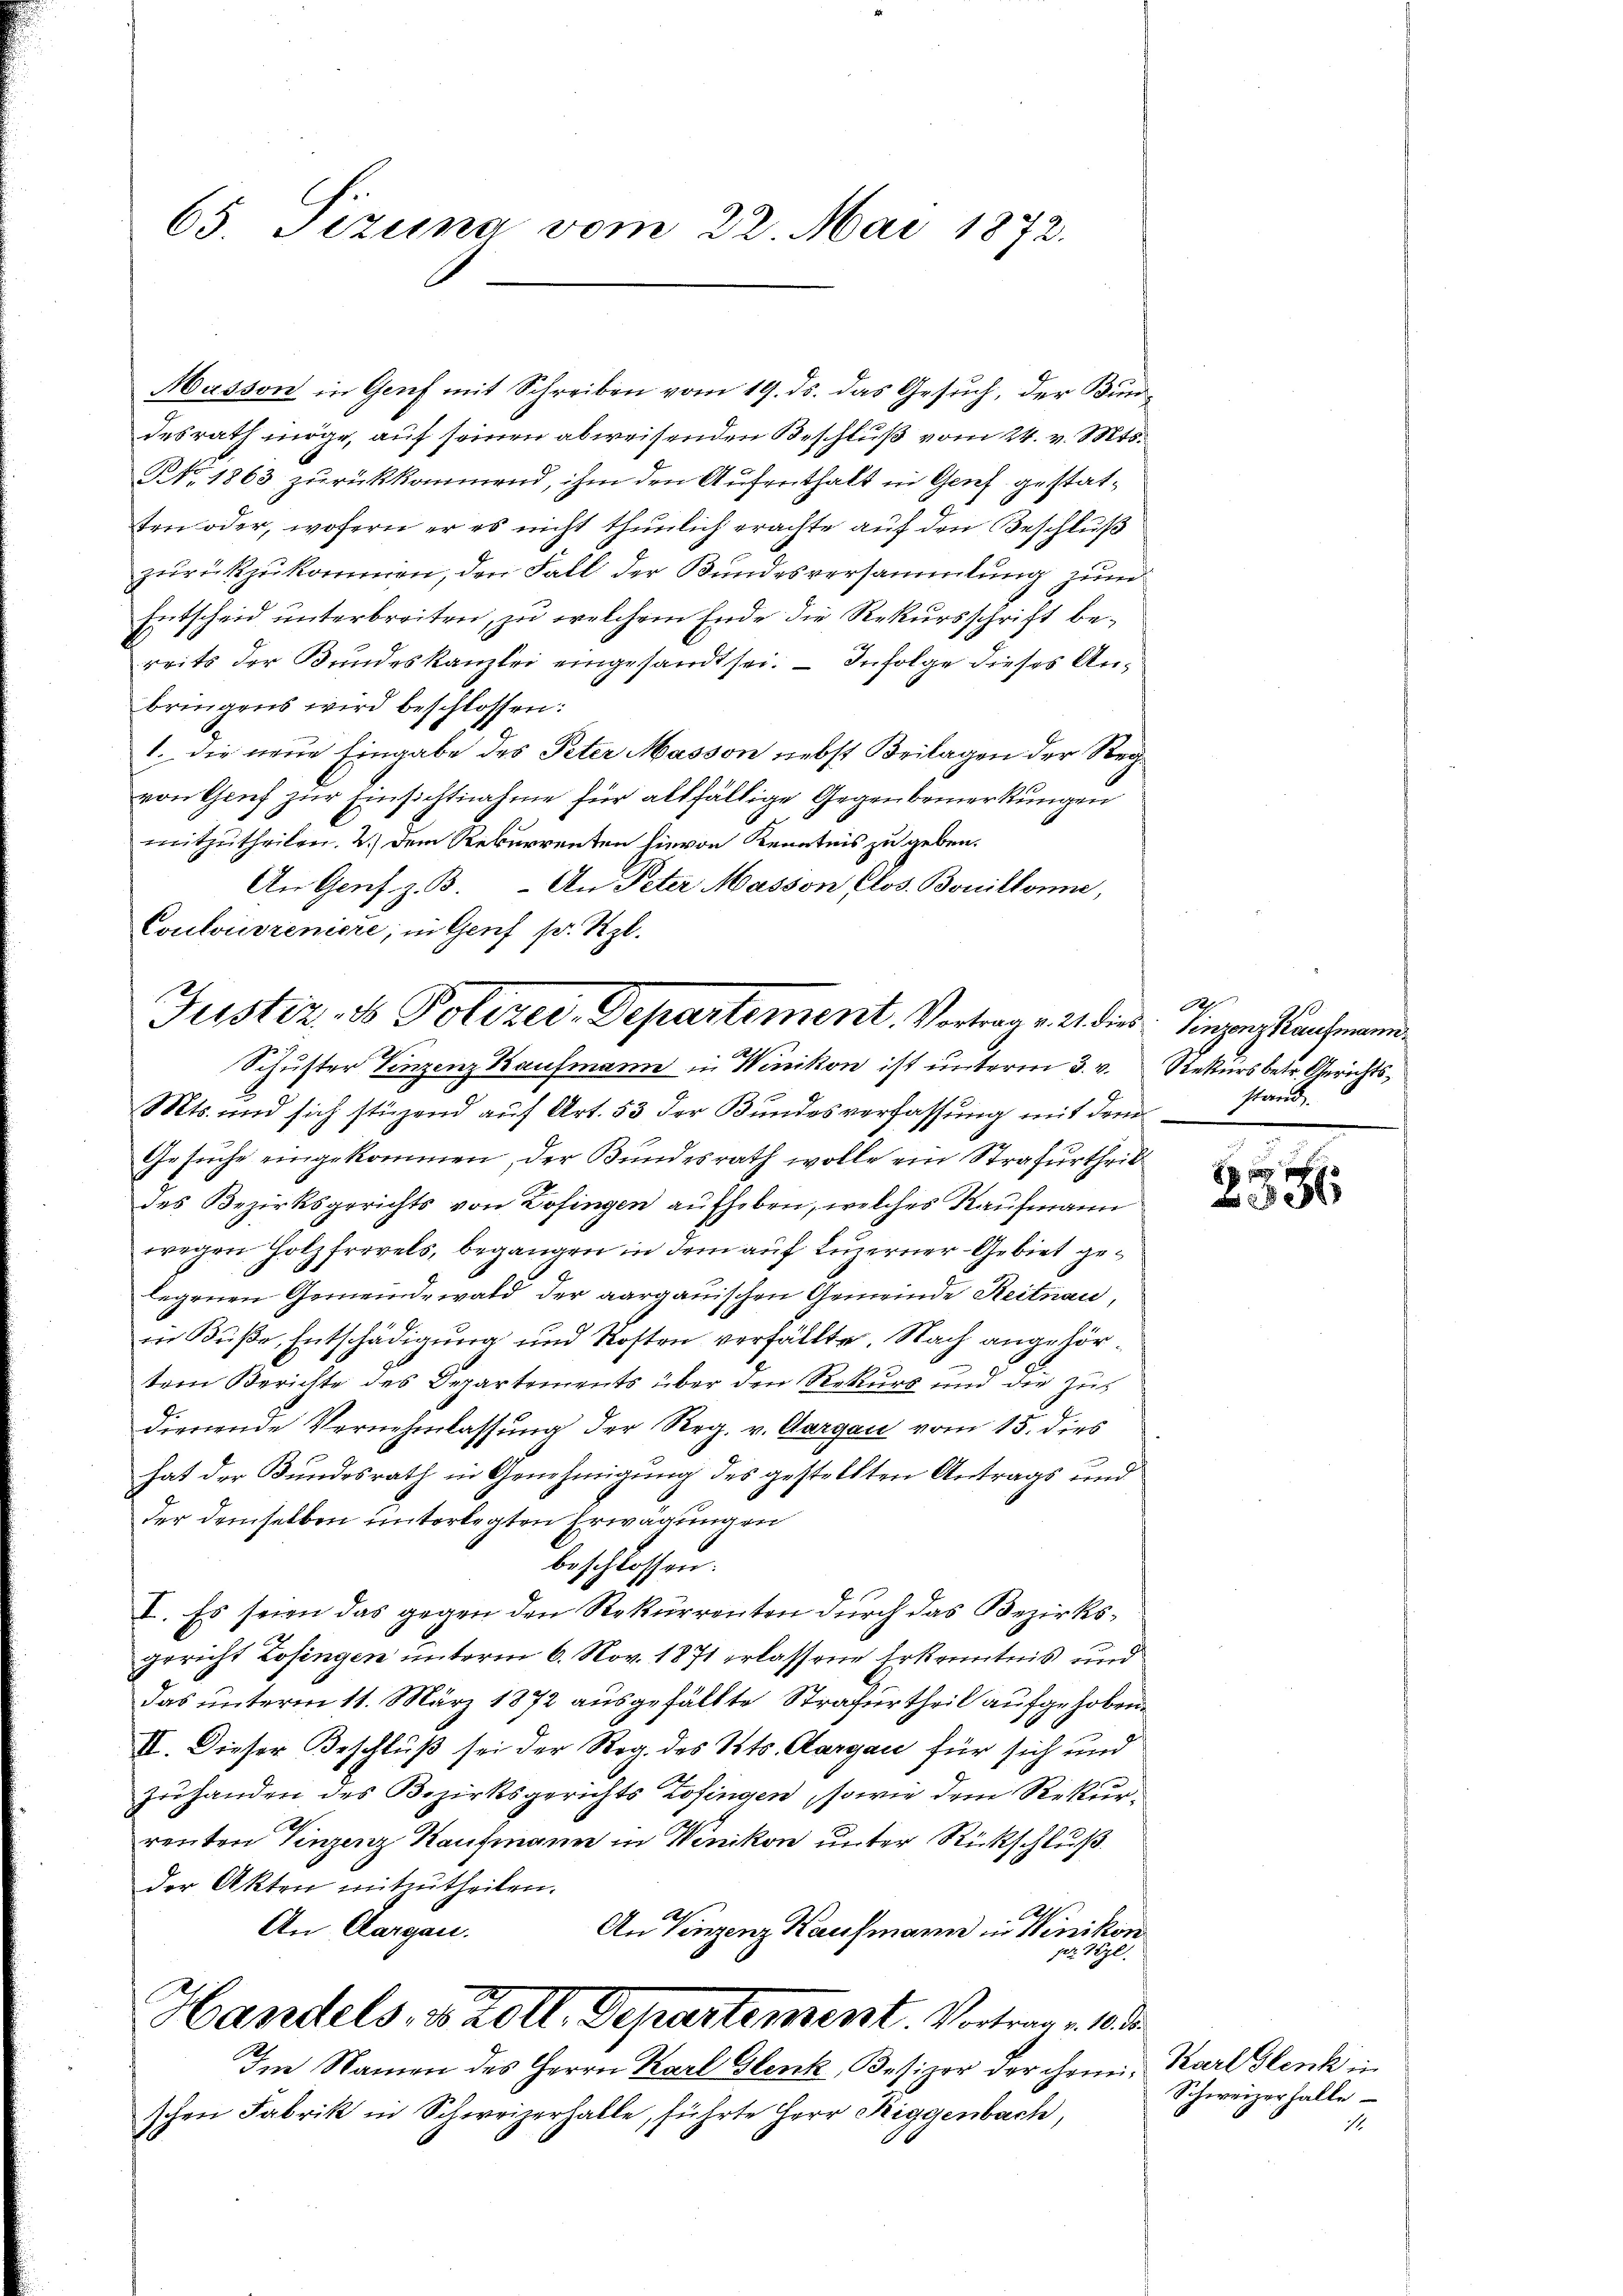
65. Pezuna vom 22. Mai 1872.

Masson in Genf mit Schreiben vom 19. ds. das Gesuch, der Bundesrath möge, auf seinen abweisenden Beschluß vom 24. v. Mts.
NNo. 1863 zurückkommend, ihm den Aufenthalt in Grief gestatten oder, wohern er es nicht thunlich erachte auf den Beschluß
zurückzukommen, den Fall der Bundesversammlung zum
Entscheid unterbreiten, zu welchem Ende die Rekursschrift bereits der Bundeskanzlei eingesandt sei. — Infolge dieses Anbringens wird beschlossen:
1. Die neue Eingabe des Peter Masson nebst Beilagen der Reg
von Grief zur Einsichtnahme für allfällige Gegenbemerkungen
mitzutheilen. 2.) Dem Rekurrenten hievon Kenntnis zu geben.
An Genf z. B. An Peter Masson Clos. Bouillonne,
Contonsreniere; in Genf pr. Szl.
Schuster Vinzenz Kaufmann in Winikon ist unterm 3. v. Rekurs betr. Gerichts¬
Mts. und sich stüzend auf Art. 53 der Bundesverfassung mit dem
Gesuche eingekommen, der Bundesrath wolle ein Strafurtheil
des Bezirksgerichts von Zofingen aufheben, welches Kaufmann
wegen Holzfrevels, begangen in dem auf Luzerner Gebiet geegenen Gemeindewald der aargauischen Gemeinde Reitnau,
in Buße, Entschädigung und Kosten verfällte. Nach angehörtem Berichte des Departements über den Rekurs und die Zus
dienende Vernehmlassung der Reg. v. Aargau vom 15. dies
hat der Bundesrath in Genehmigung des gestellten Antrags und
der demselben unterlegten Erwägungen
beschlossen:
I. Es seien das gegen den Rekurrenten durch das Bezirksgericht Zofingen unterm 6. Nov. 1871 erlassene Erkenntnis und
das unterm 11. März 1872 ausgefällte Strafurtheil aufgehoben.
II. Dieser Beschluß sei der Reg. des Kts. Aargau für sich und
zuhanden des Bezirksgerichts Zofingen, sowie dem Rekurrenten Vinzenz Kaufmann in Winikon unter Rückschluß
der Akten mitzutheilen.
Abs.
.
An Aargau.
An Linzenz Kaufmann in Winikon
per sel
Handels, ds Zoll. Departement. Vortrage 10
Im Namen des Herrn Karl Glenk, Besizer der ihren, Karl Glenk in
schen Fabrik in Schweizerhalle, führte Herr Riggenbach,

Justiz- & Polizer-Departement. Vortrag v. 21. dies: Einzug auchmann

20
stand.

8

Schweizerhalle
.